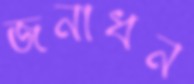
জনাধন